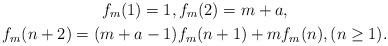
LaTeX: \begin{gather*}f_m(1)=1,f_m(2)=m+a,\\f_m(n+2)=(m+a-1)f_m(n+1)+mf_m(n),(n\geq 1).\end{gather*}